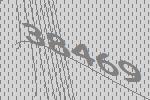
38469